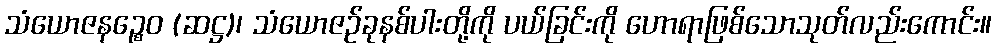
သံယောဇနဉ္စေဝ (ဆဋ္ဌ)၊ သံယောဇဉ်ခုနစ်ပါးတို့ကို ပယ်ခြင်းကို ဟောရာဖြစ်သောသုတ်လည်းကောင်း။